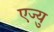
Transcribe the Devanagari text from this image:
एज्‍यु